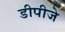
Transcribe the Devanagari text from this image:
डीपीजे